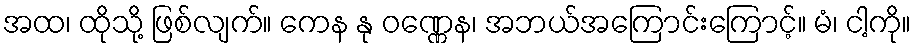
အထ၊ ထိုသို့ ဖြစ်လျက်။ ကေန နု ဝဏ္ဏေန၊ အဘယ်အကြောင်းကြောင့်။ မံ၊ ငါ့ကို။